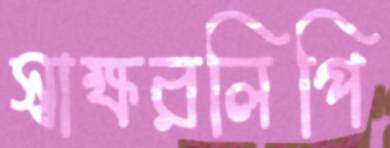
স্বাক্ষরলিপি